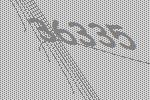
36335